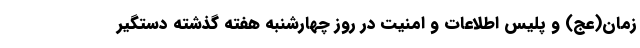
زمان(عج) و پلیس اطلاعات و امنیت در روز چهارشنبه هفته گذشته دستگیر